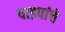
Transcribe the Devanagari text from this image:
पाइपांचे